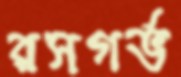
রসগর্ভ